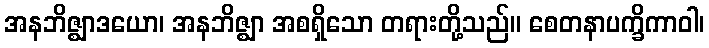
အနဘိဇ္ဈာဒယော၊ အနဘိဇ္ဈာ အစရှိသော တရားတို့သည်။ စေတနာပက္ခိကာဝါ၊